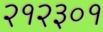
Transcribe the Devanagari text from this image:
२१२३०१